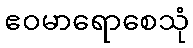
ဧဝမာရောစေသုံ